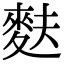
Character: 麩